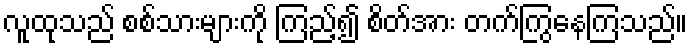
လူထုသည် စစ်သားများကို ကြည့်၍ စိတ်အား တက်ကြွနေကြသည်။